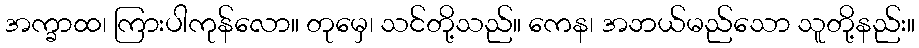
အက္ခာထ၊ ကြားပါကုန်လော။ တုမှေ၊ သင်တို့သည်။ ကေန၊ အဘယ်မည်သော သူတို့နည်း။